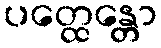
ပတ္ထေန္တော